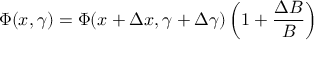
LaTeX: \Phi ( x , \gamma ) = \Phi ( x + \Delta x , \gamma + \Delta \gamma ) \left( 1 + \frac { \Delta B } { B } \right)